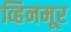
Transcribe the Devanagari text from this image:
व्हिनमूर